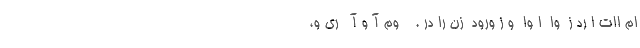
ام اات ا رد ز  وا  ا وا  و ز ورود  زن را در .    وم آ و آ   ري و،